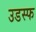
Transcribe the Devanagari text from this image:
उडस्फ